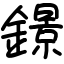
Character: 鐛